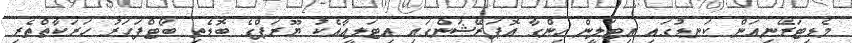
މެޑިޓަރޭނިއަން ކަނޑުގައި އިޓަލީން ހިންގާ އޮޕަރޭޝަންގައި އިޓަލީއާއެކު ޔޫރަޕްގެ ބޮޑެތި ބޯޓްފަހަރު ހަރަކާތްތެރި